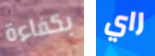
بكفاءة راي